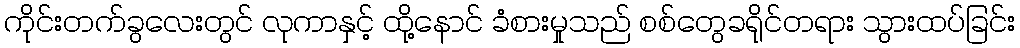
ကိုင်းတက်ခွလေးတွင် လုကာနှင့် ထို့နောင် ခံစားမှုသည် စစ်တွေခရိုင်တရား သွားထပ်ခြင်း